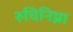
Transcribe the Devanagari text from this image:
रुचिनिम्ना